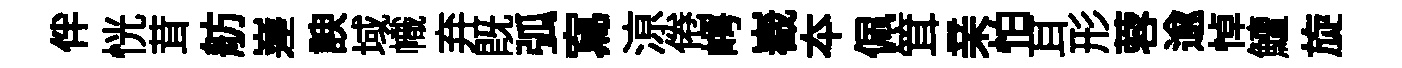
伴恍茸舫嵳諛域幟弃旣弧寫鿌倦崿嶻夲佩䇯亲怕耳形蓉逾悼鱣旋